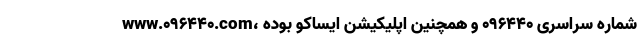
www.096440.com، شماره سراسری ۰۹۶۴۴۰ و همچنین اپلیکیشن ایساکو بوده